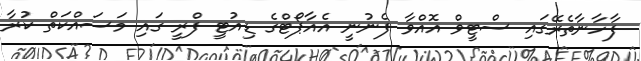
ފާހާނާތެރޭގައި ސްޓީވް އޮއްވާ ފެނުނީ އެއާޕޯޓްގެ ޑިއުޓީ ފްރީ ގައި މަސައްކަތް ކުރާ